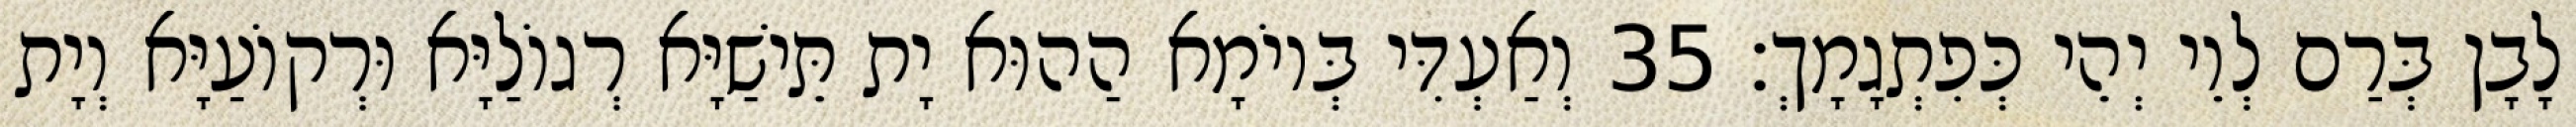
לָבָן בְּרַם לְוֵי יְהֵי כְּפִתְגָמָךְ׃ 35 וְאַעְדִּי בְּיוֹמָא הַהוּא יָת תֵּישַׁיָּא רְגוֹלַיָּא וּרְקוֹעַיָּא וְיָת